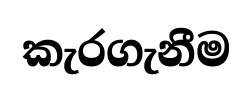
කැරගැනීම